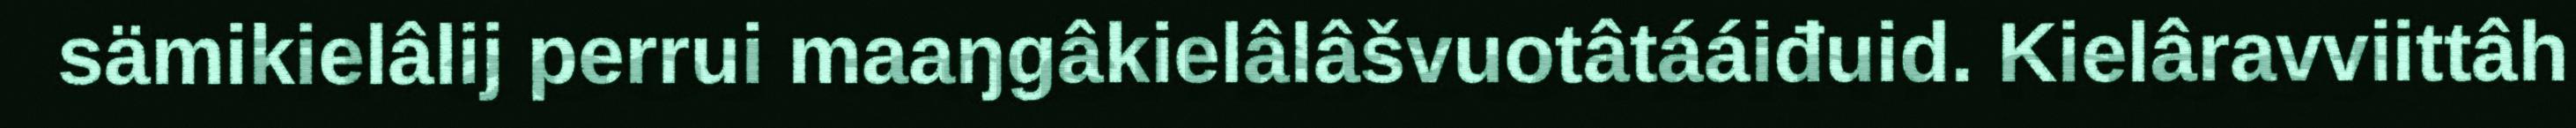
sämikielâlij perrui maaŋgâkielâlâšvuotâtááiđuid. Kielâravviittâh